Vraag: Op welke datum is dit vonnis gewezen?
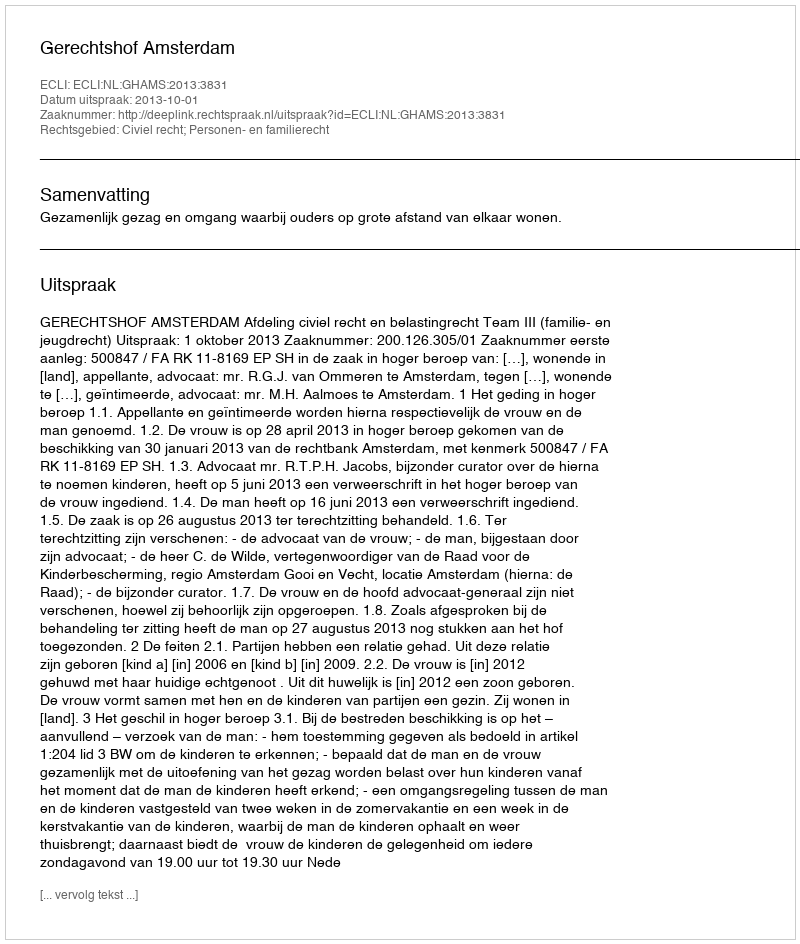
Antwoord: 2013-10-01